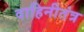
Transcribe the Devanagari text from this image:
वाहिनीतंत्र